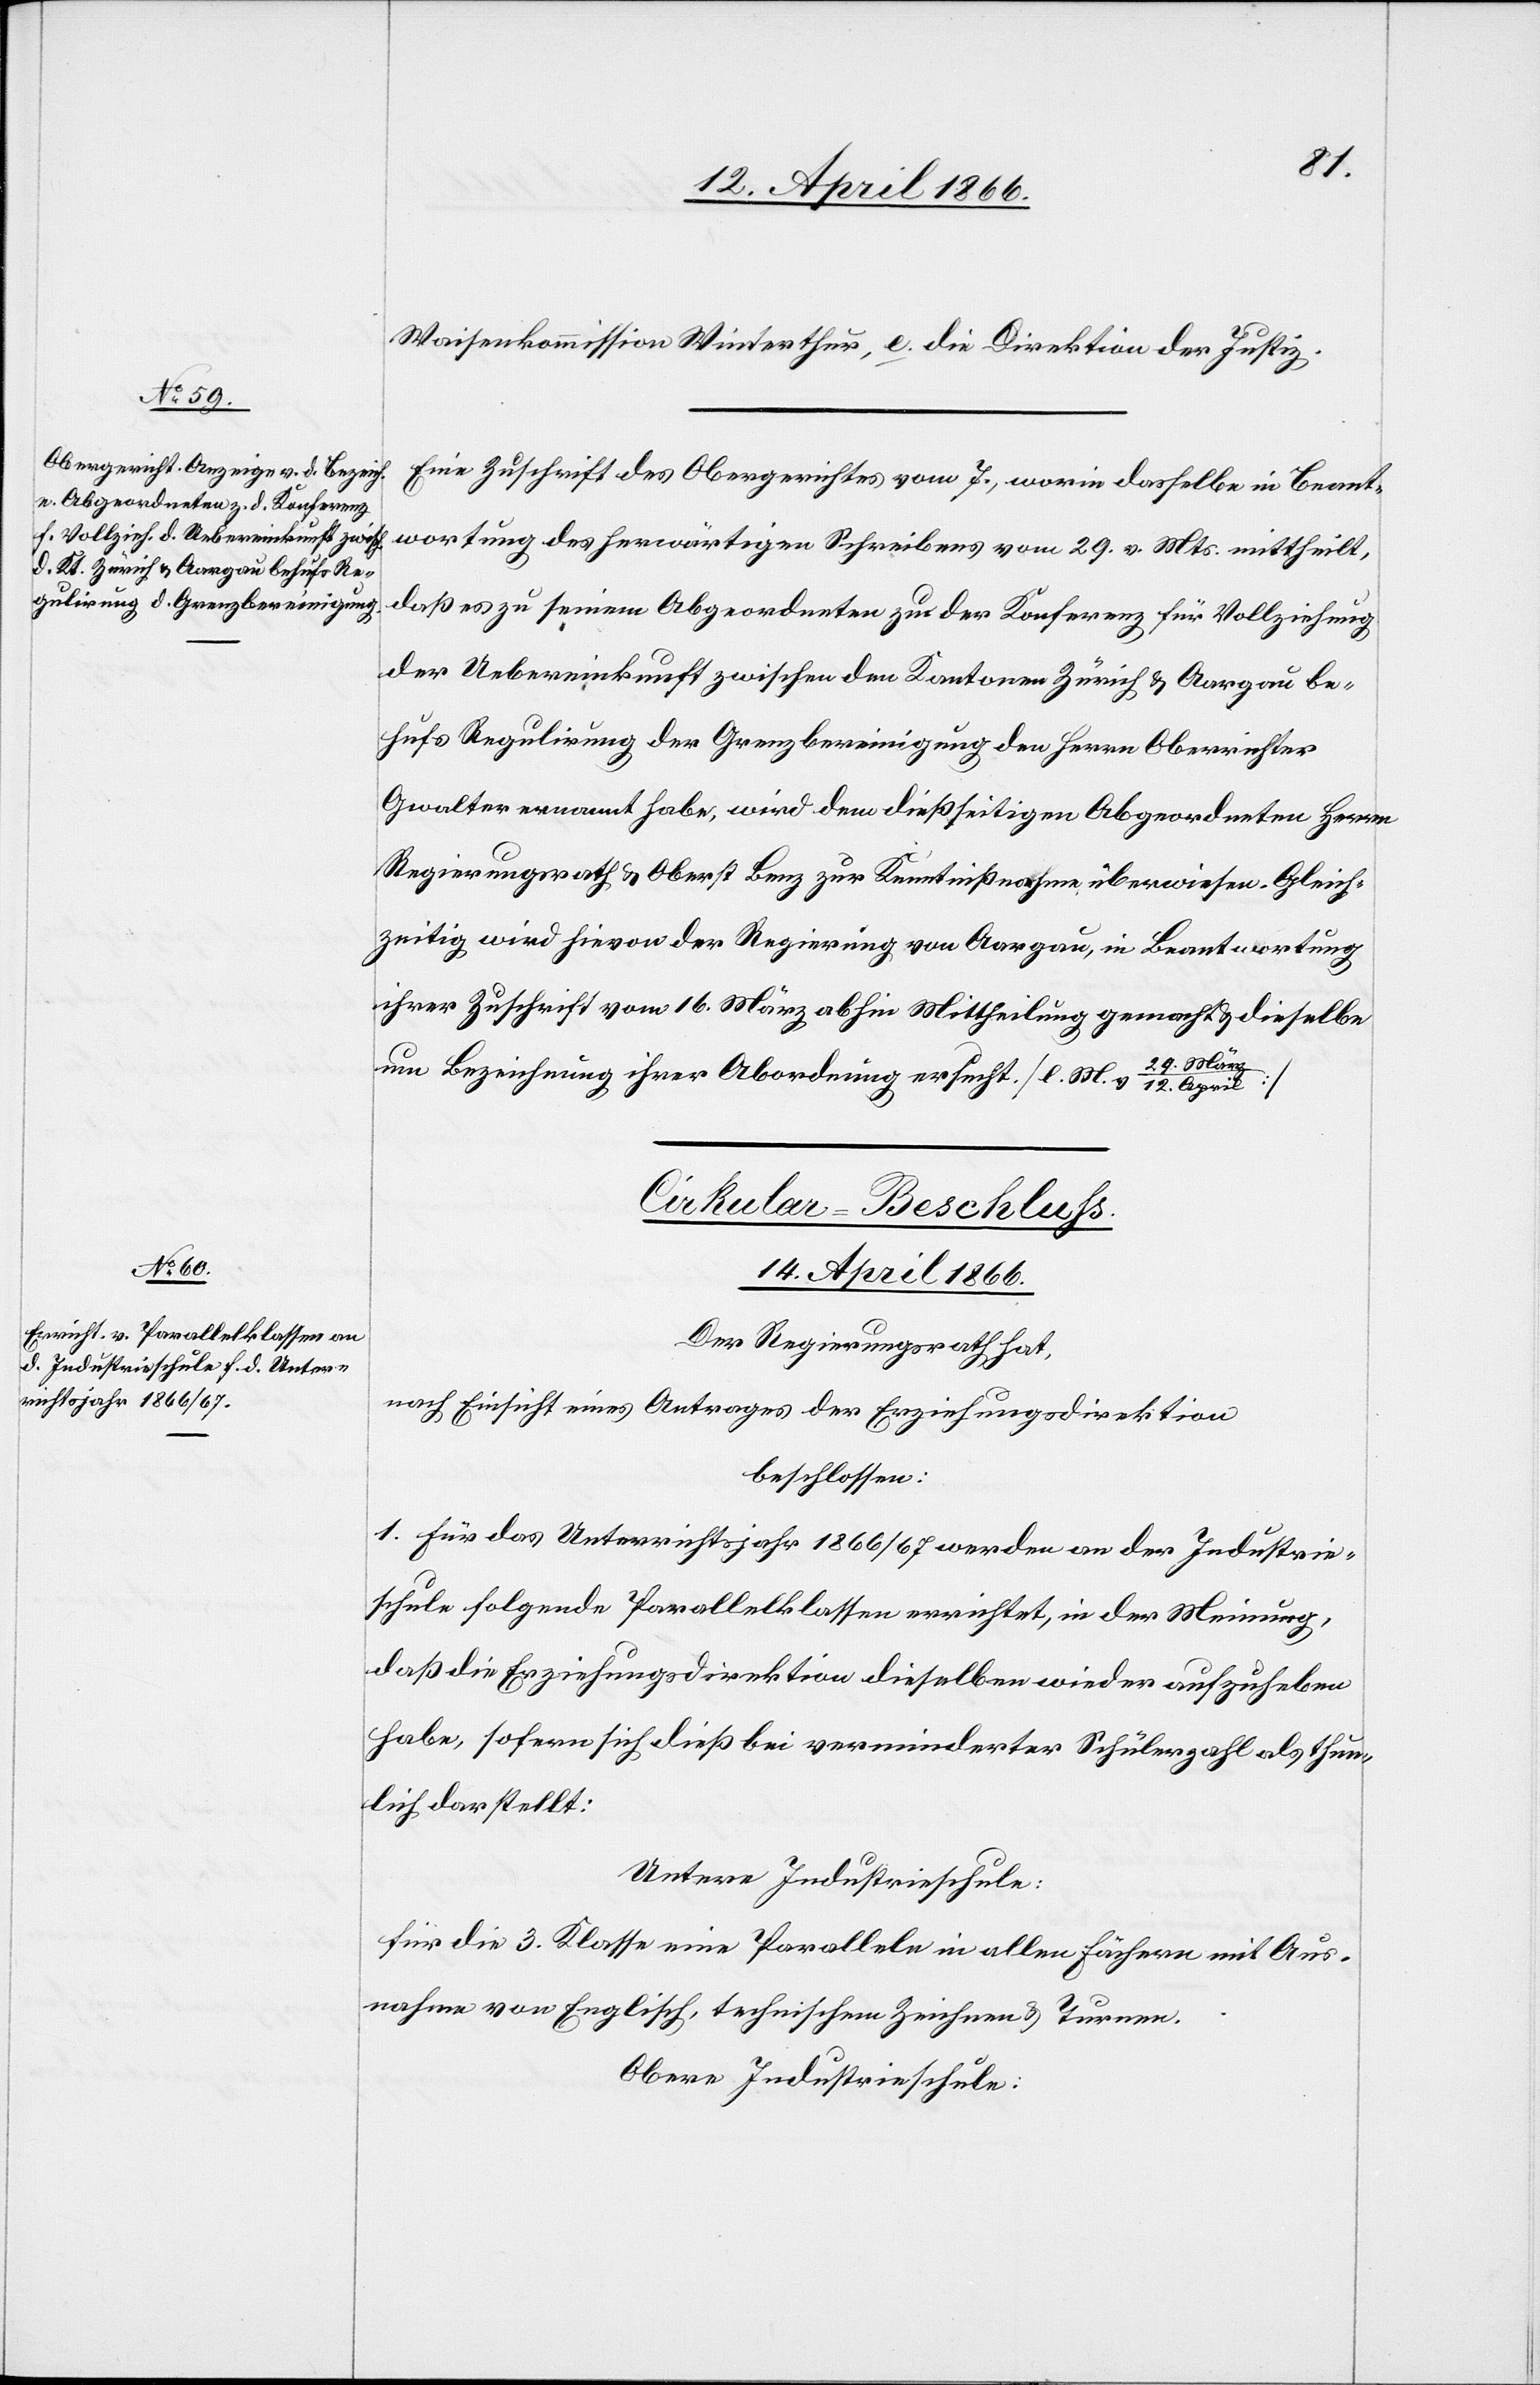
12.
Waisenkommission Winterthur, e. die Direktion der Justiz.
Eine Zuschrift des Obergerichtes vom 7., worin dasselbe in Beant¬
wortung des herwärtigen Schreibens vom 29. v. Mts. mittheilt,
daß es zu seinem Abgeordneten zu der Konferenz für Vollziehung
der Uebereinkunft zwischen den Kantonen Zürich u. Aargau be¬
hufs Regulirung der Grenzbereinigung den Herrn Oberrichter
Gwalter ernannt habe, wird dem dießseitigen Abgeordneten Herrn
Regierungsrath u. Oberst Benz zur Kenntnißnahme überwiesen. Gleich¬
zeitig wird hievon der Regierung von Aargau, in Beantwortung
ihrer Zuschrift vom 16. März abhin Mittheilung gemacht u. dieselbe
um Bezeichnung ihrer Abordnung ersucht. [l. M. v. 29. März
Cirkular-Beschluss.
14. April 1866.
Der Regierungsrath hat,
nach Einsicht eines Antrages der Erziehungsdirektion,
beschlossen:
1. für das Unterrichtsjahr 1866/67 werden an der Industrie¬
schule folgende Parallelklassen errichtet, in der Meinung,
daß die Erziehungsdirektion dieselben wieder aufzuheben
habe, sofern sich dieß bei verminderter Schülerzahl als thun¬
lich darstellt:
Untere Industrieschule:
für die 3. Klasse eine Parallele in allen Fächern mit Aus¬
nahme von Englisch, technischem Zeichnen u. Turnen.
Obere Industrieschule: